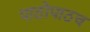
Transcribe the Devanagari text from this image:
पाठोपाठच